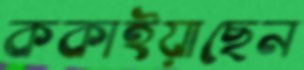
ককাইয়াছেন